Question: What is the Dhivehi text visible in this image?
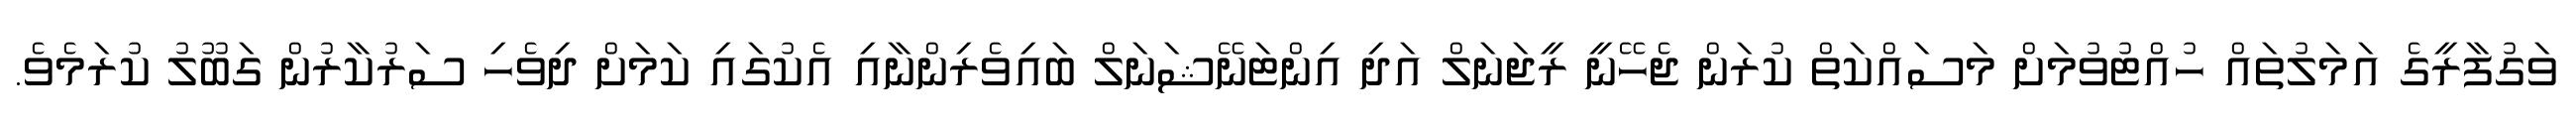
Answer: ވަގުފާރީގެ އަމަލުތައް ހުއްޓުވުމަށް މަސައްކަތް ކުރަން ޖެހޭނީ ރީޖަނަލް އަދި އިންޓަނޭޝަނަލް ބައިވެރިންނާއި އެކުގައި ކަމަށް ދިވެހި ސަރުކާރުން ގަބޫލު ކުރަމެވެ.